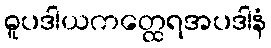
ဓူပဒါယကတ္ထေရအပဒါနံ